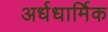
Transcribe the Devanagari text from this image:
अर्धधार्मिक